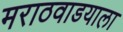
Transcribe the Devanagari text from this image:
मराठवाडयाला